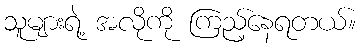
သူများရဲ့ အလိုကို ကြည့်နေရတယ်။